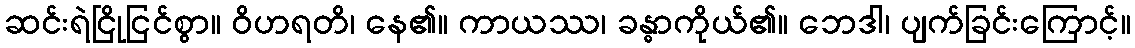
ဆင်းရဲငြိုငြင်စွာ။ ဝိဟရတိ၊ နေ၏။ ကာယဿ၊ ခန္ဓာကိုယ်၏။ ဘေဒါ၊ ပျက်ခြင်းကြောင့်။